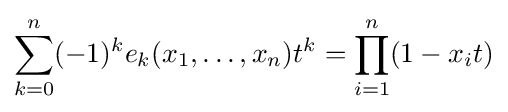
\sum _{k=0}^{n}(-1)^{k}e_{k}(x_{1},\ldots ,x_{n})t^{k}=\prod _{i=1}^{n}(1-x_{i}t)